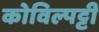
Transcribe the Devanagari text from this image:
कोविल्पट्टी